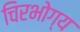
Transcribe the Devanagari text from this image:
चिरभोग्य